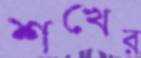
শখের